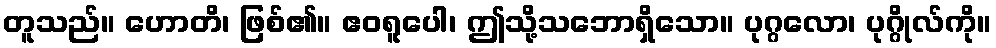
တူသည်။ ဟောတိ၊ ဖြစ်၏။ ဧဝရူပေါ၊ ဤသို့သဘောရှိသော။ ပုဂ္ဂလော၊ ပုဂ္ဂိုလ်ကို။